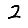
Digit: 2